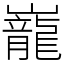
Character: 巃